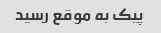
پیک به موقع رسید